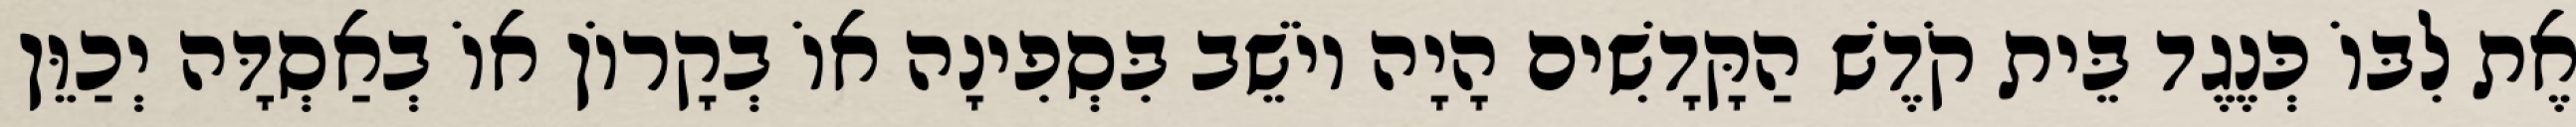
אֶת לִבּוֹ כְּנֶגֶד בֵּית קֹדֶשׁ הַקָּדָשִׁים הָיָה יוֹשֵׁב בִּסְפִינָה אוֹ בְקָרוֹן אוֹ בְאַסְדָּה יְכַוֵּן